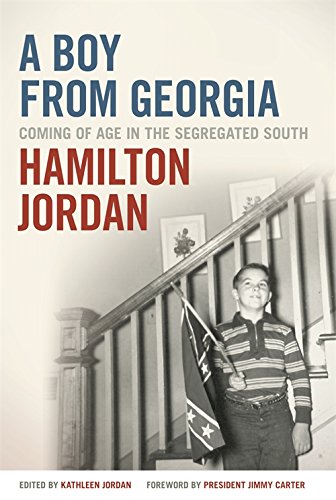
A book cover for A Boy from Georgia: Coming of Age in the Segregated South (A Bradley Hale Fund for Southern Studies Publication); Hamilton Jordan; Biographies & Memoirs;